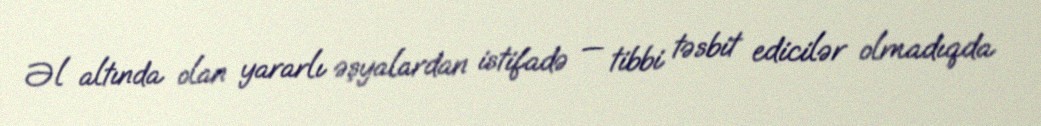
Əl altında olan yararlı əşyalardan istifadə — tibbi təsbit edicilər olmadıqda